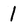
Character: I